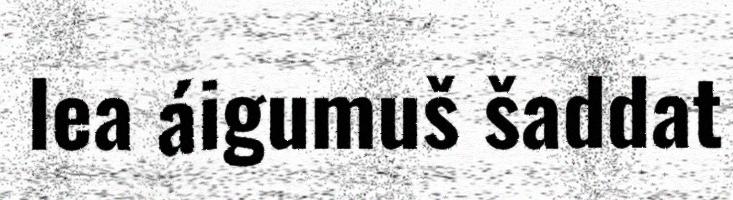
lea áigumuš šaddat